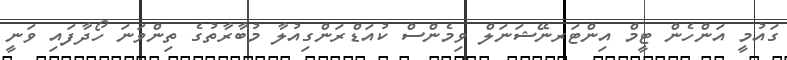
ގައުމީ އަންހެން ޓީމް އިންޓަރނޭޝަނަލް ވިމެންސް ކުއަޑްރަންގިއުލާ މުބާރާތުގެ ތިންވަނަ ހޯދާފައި ވަނީ